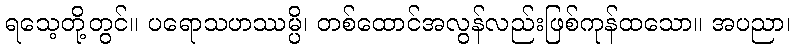
ရသေ့တို့တွင်။ ပရောသဟဿမ္ပိ၊ တစ်ထောင်အလွန်လည်းဖြစ်ကုန်ထသော။ အပညာ၊